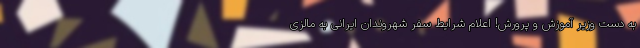
به دست وزیر آموزش و پرورش! اعلام شرایط سفر شهروندان ایرانی به مالزی